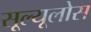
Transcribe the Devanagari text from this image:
सूल्यूलोस